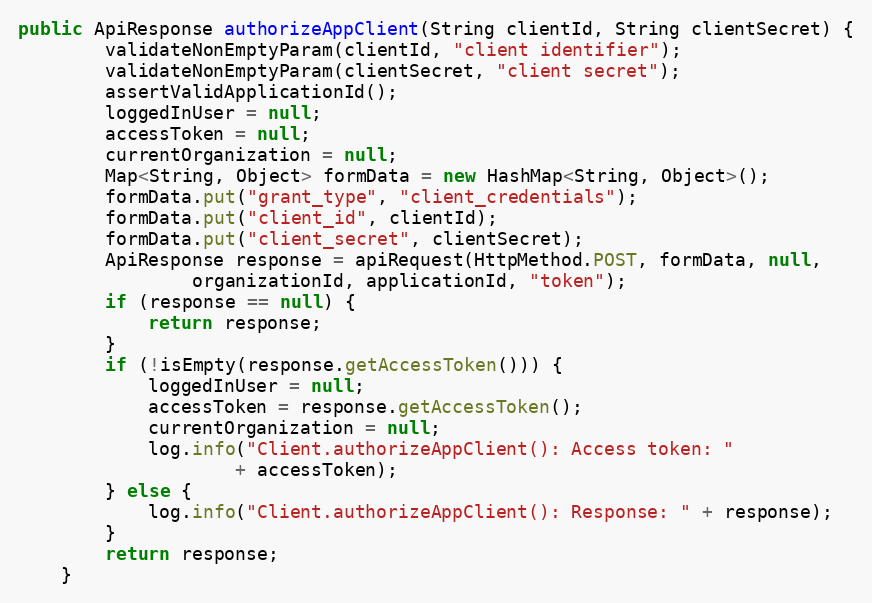
Language: Java
public ApiResponse authorizeAppClient(String clientId, String clientSecret) {
        validateNonEmptyParam(clientId, "client identifier");
        validateNonEmptyParam(clientSecret, "client secret");
        assertValidApplicationId();
        loggedInUser = null;
        accessToken = null;
        currentOrganization = null;
        Map<String, Object> formData = new HashMap<String, Object>();
        formData.put("grant_type", "client_credentials");
        formData.put("client_id", clientId);
        formData.put("client_secret", clientSecret);
        ApiResponse response = apiRequest(HttpMethod.POST, formData, null,
                organizationId, applicationId, "token");
        if (response == null) {
            return response;
        }
        if (!isEmpty(response.getAccessToken())) {
            loggedInUser = null;
            accessToken = response.getAccessToken();
            currentOrganization = null;
            log.info("Client.authorizeAppClient(): Access token: "
                    + accessToken);
        } else {
            log.info("Client.authorizeAppClient(): Response: " + response);
        }
        return response;
    }